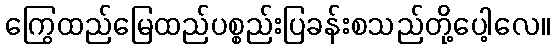
ကြွေထည်မြေထည်ပစ္စည်းပြခန်းစသည်တို့ပေါ့လေ။